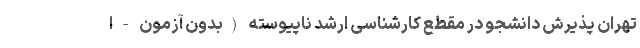
تهران پذیرش دانشجو در مقطع کارشناسی ارشد ناپیوسته (بدون آزمون - ا